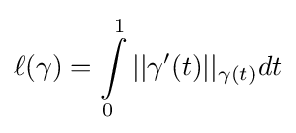
\ell (\gamma )=\int \limits _{0}^{1}||\gamma '(t)||_{\gamma (t)}dt